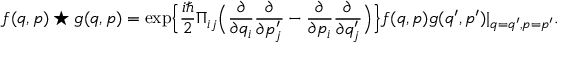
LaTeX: f ( q , p ) \star g ( q , p ) = \mathrm { e x p } \Big \{ \frac { i \hbar } { 2 } \Pi _ { i j } \Big ( \frac { \partial } { \partial q _ { i } } \frac { \partial } { \partial p _ { j } ^ { \prime } } - \frac { \partial } { \partial p _ { i } } \frac { \partial } { \partial q _ { j } ^ { \prime } } \Big ) \Big \} f ( q , p ) g ( q ^ { \prime } , p ^ { \prime } ) | _ { q = q ^ { \prime } , p = p ^ { \prime } } .